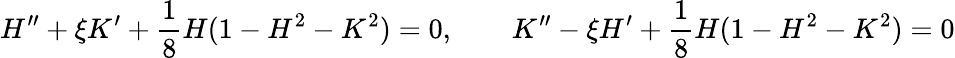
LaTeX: H^{\prime\prime}+\xi K^{\prime}+\frac 18H(1-H^{2}-K^{2})=0,\qquad K^{\prime\prime}-\xi H^{\prime}+\frac 18H(1-H^{2}-K^{2})=0